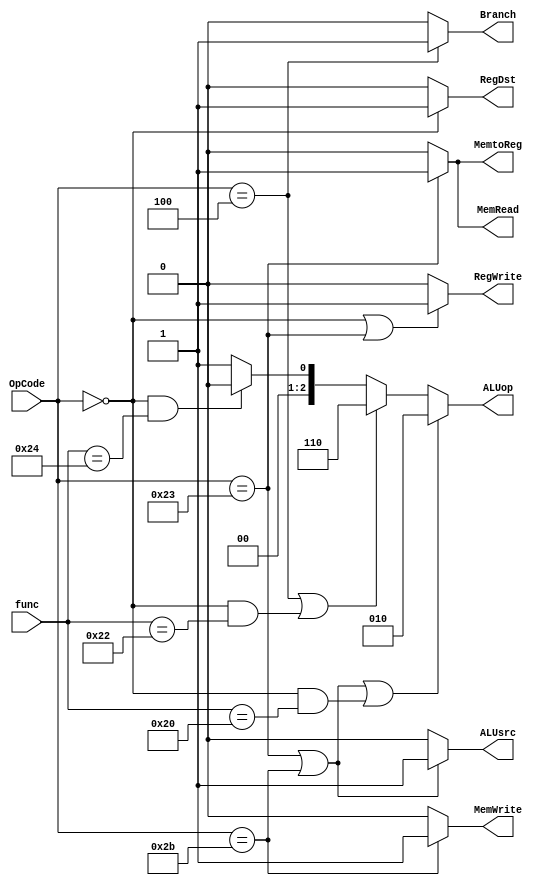
module UnitsController(OpCode, func, RegDst, Branch, MemRead,
		       MemtoReg, ALUop, MemWrite, ALUsrc, RegWrite);

	input [5:0] OpCode;
	input [5:0] func;

	output RegDst, Branch, MemRead, MemtoReg, 
	       MemWrite, ALUsrc, RegWrite;
	output [2:0] ALUop;

	assign RegDst = (OpCode == 6'd0)?1'b1:1'b0;

	assign Branch = (OpCode == 6'b000100)?1'b1:1'b0;

	assign MemRead = (OpCode == 6'b100011)?1'b1:1'b0;

	assign MemtoReg = (OpCode == 6'b100011)?1'b1:1'b0;

	assign MemWrite = (OpCode == 6'b101011)?1'b1:1'b0;

	assign ALUsrc = (OpCode == 6'b100011 || OpCode == 6'b101011)?1'b1:1'b0;

	assign RegWrite = (OpCode == 6'd0 || OpCode == 6'b100011)?1'b1:1'b0;
	
	assign ALUop = ((OpCode == 6'b100011 || OpCode == 6'b101011) || (OpCode == 6'd0 && func == 6'b100000))?3'b010: //add (with lw & sw)
		       (OpCode == 6'b000100 || (OpCode == 6'd0 && func == 6'b100010))?3'b110: //sub (with beq)
		       (OpCode == 6'd0 && func == 6'b100100)?3'b000:3'b001; //AND & OR

endmodule